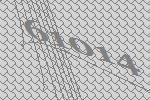
61014